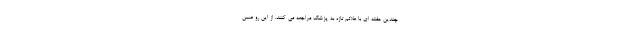
چندین هفته ای با علائم تازه به پزشک مراجعه می کنند. از این رو ضمن